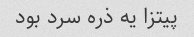
پیتزا یه ذره سرد بود